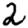
Digit: 2